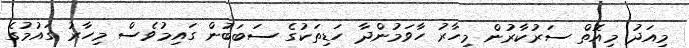
މިއަދު މިއޮތް ސަރުކާރުން މިހާރު ހާވަމުންދާ ހަޑިތަކުގެ ސަބަބުން ގައިމުވެސް މިހާރު ގައުމުގެ